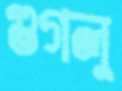
গুগলু